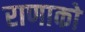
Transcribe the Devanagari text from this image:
राणाको